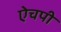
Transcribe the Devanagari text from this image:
ऐचपी